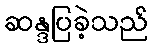
ဆန္ဒပြခဲ့သည်